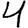
Digit: 4